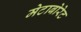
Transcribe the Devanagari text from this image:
मेटाबोरेट